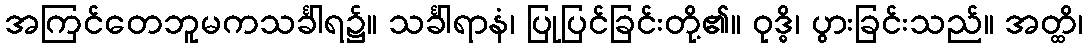
အကြင်တေဘူမကသင်္ခါရ၌။ သင်္ခါရာနံ၊ ပြုပြင်ခြင်းတို့၏။ ဝုဒ္ဓိ၊ ပွားခြင်းသည်။ အတ္ထိ၊